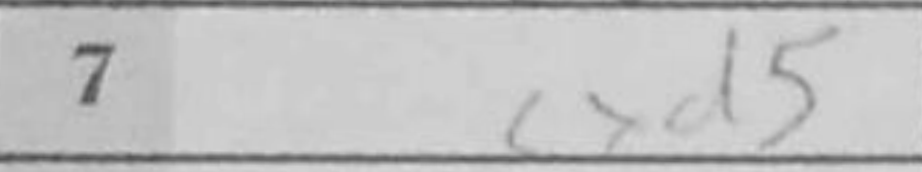
Transcription: cxd5